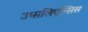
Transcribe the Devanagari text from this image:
उप्सलिएन्सिस